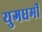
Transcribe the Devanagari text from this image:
युगधर्मी